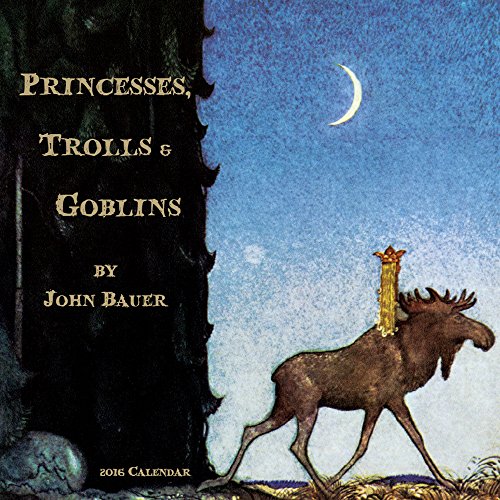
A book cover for Princesses,Trolls and Goblins  (CL53346); John Bauer; Calendars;